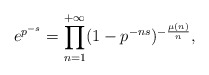
\begin{align*} e^{p^{-s}}=\prod_{n=1}^{+\infty} (1-p^{-ns})^{-\frac{\mu(n)}{n}},\end{align*}